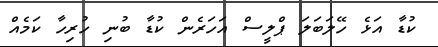
ކުޑާ އަޅެ ހޭލަބަލަ ޕްލީސް އަހަރެން ކުޑާ ބުނި ހުރިހާ ކަމެއް